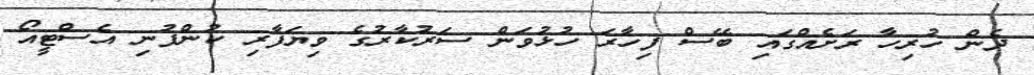
ދެން ހުރިހާ ރަށެއްގައި ބޭސް ފިހާރަ ހުޅުވަން ސަރުކާރުގެ ވިޔަފާރި ކުންފުނި އެސްޓީއޯ